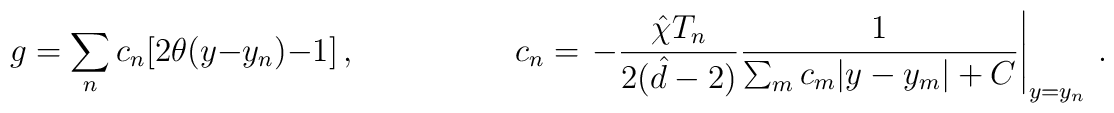
g=  \sum_{n}c_{n}[2\theta(y-y_{n})-1]\, ,  \hspace{2cm}c_{n} = \left.-\frac{\hat{\chi} T_{n}}{2(\hat{d}-2)}\frac{1}{\sum_{m}c_{m}|y-y_{m}|+C}\right|_{y=y_{n}}\, .